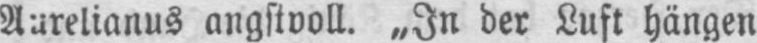
Aurelianus angstvoll. „In der Luft hängen